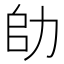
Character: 𠡒